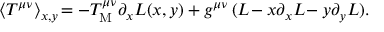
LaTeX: \langle T ^ { \mu \nu } \rangle _ { x , y } \! = - T _ { \mathrm { M } } ^ { \mu \nu } \partial _ { x } { \cal L } ( x , y ) + g ^ { \mu \nu } \, ( { \cal L } \! - x \partial _ { x } { \cal L } \! - y \partial _ { y } { \cal L } ) .